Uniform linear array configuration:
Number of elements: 24
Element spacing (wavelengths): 0.25
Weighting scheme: cosine
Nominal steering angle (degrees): -45
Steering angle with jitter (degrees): -43.487
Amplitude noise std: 0.05
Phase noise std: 0.05

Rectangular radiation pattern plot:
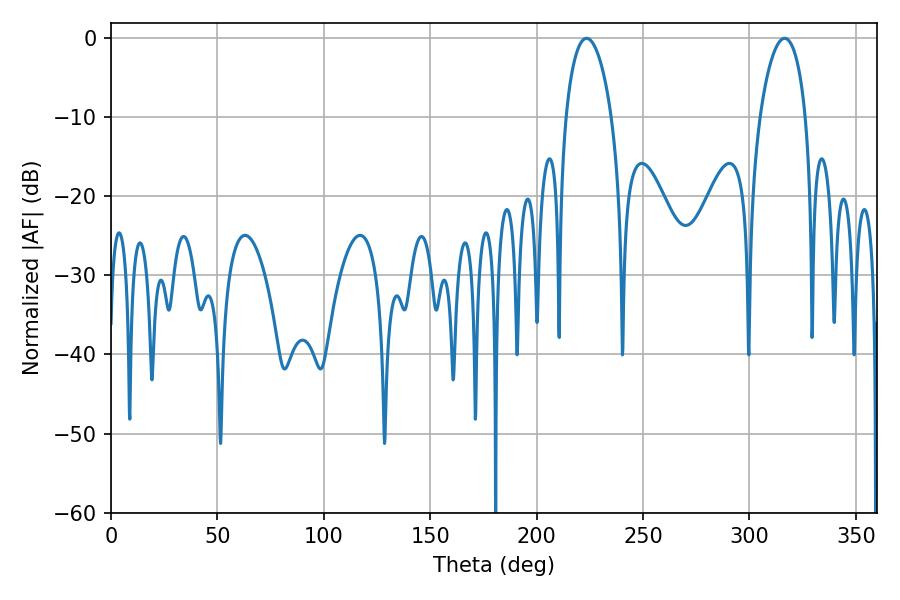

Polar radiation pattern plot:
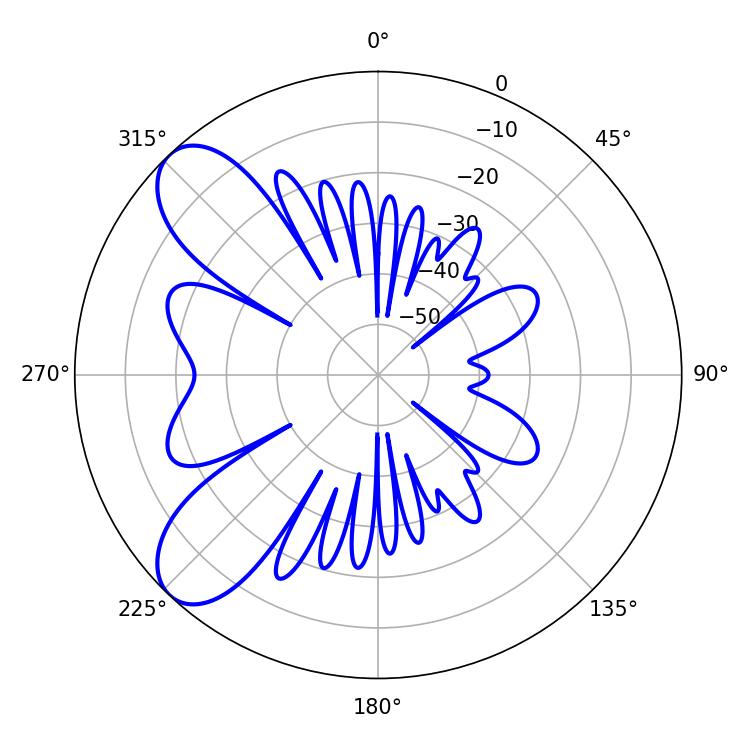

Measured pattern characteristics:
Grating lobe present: FALSE
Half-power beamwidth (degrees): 12.24
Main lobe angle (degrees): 223.38